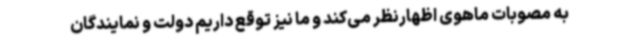
به مصوبات ماهوی اظهارنظر می‌کند و ما نیز توقع داریم دولت و نمایندگان